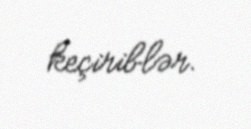
keçiriblər.